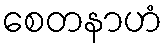
စေတနာဟံ